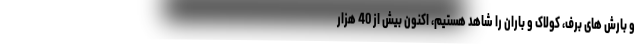
و بارش های برف، کولاک و باران را شاهد هستیم، اکنون بیش از 40 هزار